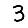
Digit: 3